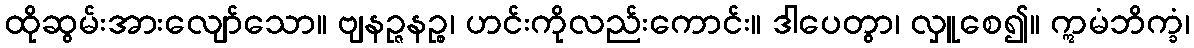
ထိုဆွမ်းအားလျော်သော။ ဗျနဉ္ဇနဉ္စ၊ ဟင်းကိုလည်းကောင်း။ ဒါပေတွာ၊ လှူစေ၍။ ဣမံဘိက္ခံ၊